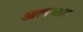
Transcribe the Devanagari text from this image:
आत्मक्लेश